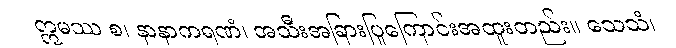
ဣမဿ စ၊ နာနာကရဏံ၊ အသီးအခြားပြုကြောင်းအထူးတည်း။ သေသံ၊